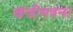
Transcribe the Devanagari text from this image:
खंडीभवन।